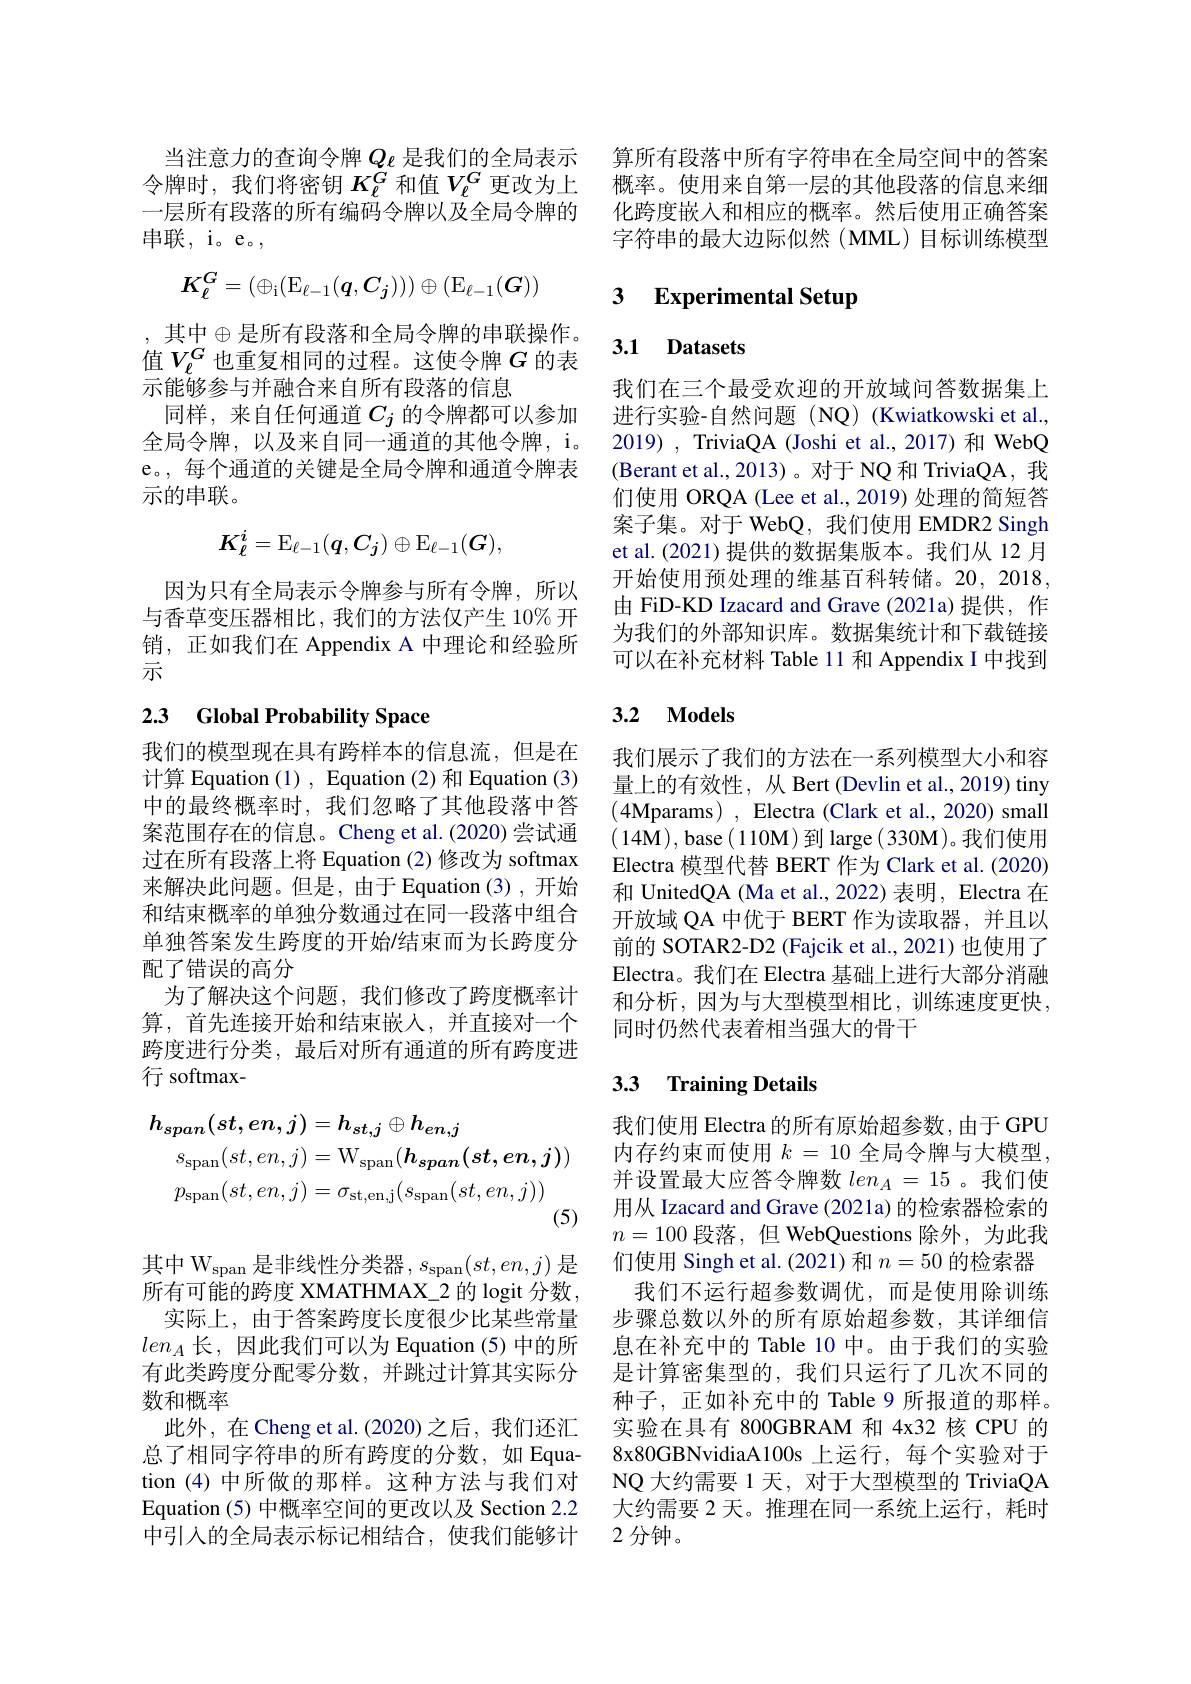
一层所有段落的所有编码令牌以及全局令牌的
串联，i。e。,
$$K_\ell^G=(\oplus_{\mathrm{i}}(\mathrm{E}_{\ell-1}(\boldsymbol{q},\boldsymbol{C}_j)))\oplus(\mathrm{E}_{\ell-1}(\boldsymbol{G}))$$
, 其中$\oplus$是所有段落和全局令牌的串联操作。值$V_{\ell}^G$也重复相同的过程。这使令牌$G$的表示能够参与并融合来自所有段落的信息
同样，来自任何通道$C_j$ 的令牌都可以参加全局令牌，以及来自同一通道的其他令牌，i。e。, 每个通道的关键是全局令牌和通道令牌表示的串联。
$$K_\ell^i=\mathrm{E}_{\ell-1}(\boldsymbol{q},C_\boldsymbol{j})\oplus\mathrm{E}_{\ell-1}(\boldsymbol{G}),$$
因为只有全局表示令牌参与所有令牌，所以与香草变压器相比，我们的方法仅产生 10% 开销，正如我们在 Appendix A 中理论和经验所示

## 2.3 Global Probability Space

我们的模型现在具有跨样本的信息流，但是在计算 Equation (1) , Equation (2) 和 Equation (3) 中的最终概率时，我们忽略了其他段落中答案范围存在的信息。Cheng et al.(2020) 尝试通过在所有段落上将 Equation (2)修改为 softmax 来解决此问题。但是，由于 Equation(3),开始和结束概率的单独分数通过在同一段落中组合单独答案发生跨度的开始/结束而为长跨度分配了错误的高分
为了解决这个问题，我们修改了跨度概率计算，首先连接开始和结束嵌人，并直接对一个跨度进行分类，最后对所有通道的所有跨度进行 softmax-
$$\begin{aligned}h_{span}(st,en,j)&=h_{st,j}\oplus h_{en,j}\\s_{\mathrm{span}}(st,en,j)&=\mathrm{W}_{\mathrm{span}}(h_{span}(st,en,j))\\p_{\mathrm{span}}(st,en,j)&=\sigma_{\mathrm{st,en,j}}(s_{\mathrm{span}}(st,en,j))\end{aligned}$$
其中 W$_\mathrm{span}$是非线性分类器，$s_\mathrm{span}(st,en,j)$是所有可能的跨度 XMATHMAX\_2 的 logit 分数， 实际上，由于答案跨度长度很少比某些常量
$len_A$长，因此我们可以为 Equation(5)中的所有此类跨度分配零分数，并跳过计算其实际分数和概率
此外，在 Cheng et al. (2020)之后，我们还汇总了相同字符串的所有跨度的分数，如 Equation (4)中所做的那样。这种方法与我们对Equation (5) 中概率空间的更改以及 Section 2.2中引人的全局表示标记相结合，使我们能够计

当注意力的查询令牌$Q_\mathrm{e}$ 是我们的全局表示 算所有段落中所有字符串在全局空间中的答案令牌时，我们将密钥$K_\mathrm{\ell}^{\dot{G}}$和值$V_\mathrm{\ell}^G$更改为上 概率。使用来自第一层的其他段落的信息来细
化跨度嵌入和相应的概率。然后使用正确答案字符串的最大边际似然(MML)目标训练模型

## 3 Experimental Setup

## 3.1 Datasets

我们在三个最受欢迎的开放域问答数据集上进行实验-自然问题(NQ)(Kwiatkowski et al., 2019) , TriviaQA (Joshi et al., 2017) 和 WebQ (Berant et al., 2013)。对于 NQ 和 TriviaQA, 我们使用 ORQA (Lee et al., 2019) 处理的简短答案子集。对于 WebQ, 我们使用 EMDR2 Singh et al.(2021) 提供的数据集版本。我们从 12 月开始使用预处理的维基百科转储。20,2018, 由 FiD-KD Izacard and Grave (2021a)提供，作为我们的外部知识库。数据集统计和下载链接可以在补充材料 Table 11 和 Appendix I 中找到

## 3.2 Models

我们展示了我们的方法在一系列模型大小和容量上的有效性，从 Bert (Devlin et al., 2019) tiny (4Mparams) , Electra (Clark et al., 2020) small $(14\mathbf{M})$,base$(110\mathbf{M})$到 large$(330\mathbf{M})$。我们使用Electra 模型代替 BERT 作为 Clark et al. (2020) 和 UnitedQA (Ma et al., 2022) 表明，Electra 在开放域 QA 中优于 BERT 作为读取器，并且以前的 SOTAR2-D2 (Fajcik et al.,2021) 也使用了Electra。我们在 Electra 基础上进行大部分消融和分析，因为与大型模型相比，训练速度更快， 同时仍然代表着相当强大的骨干

## 3.3 Training Details

我们使用 Electra 的所有原始超参数，由于 GPU 内存约束而使用$k=10$全局令牌与大模型， 并设置最大应答令牌数$len_A=15$ 。我们使用从 Izacard and Grave (2021a) 的检索器检索的$n=100$段落，但 WebQuestions 除外，为此我们使用 Singh et al. (2021) 和$n=50$的检索器我们不运行超参数调优，而是使用除训练
步骤总数以外的所有原始超参数，其详细信息在补充中的 Table 10 中。由于我们的实验是计算密集型的，我们只运行了几次不同的种子，正如补充中的 Table 9 所报道的那样。实验在具有 800GBRAM 和 4x32 核 CPU 的8x80GBNvidiaA100s 上运行，每个实验对于NQ 大约需要 1 天，对于大型模型的 TriviaQA 大约需要 2 天。推理在同一系统上运行，耗时2 分钟。